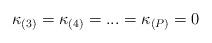
LaTeX: \begin{align*}\kappa_{(3)}=\kappa_{(4)}=...=\kappa_{(P)}=0\end{align*}